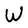
Character: W